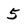
Character: 5